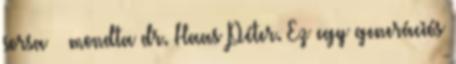
sorsa – mondta dr. Haas Péter. Ez egy generációs